Vital statistics of India. Vol. IV, Annual returns from 1871 to 1876. British Army of India, Native Army and jails of Bengal
Year: 1871
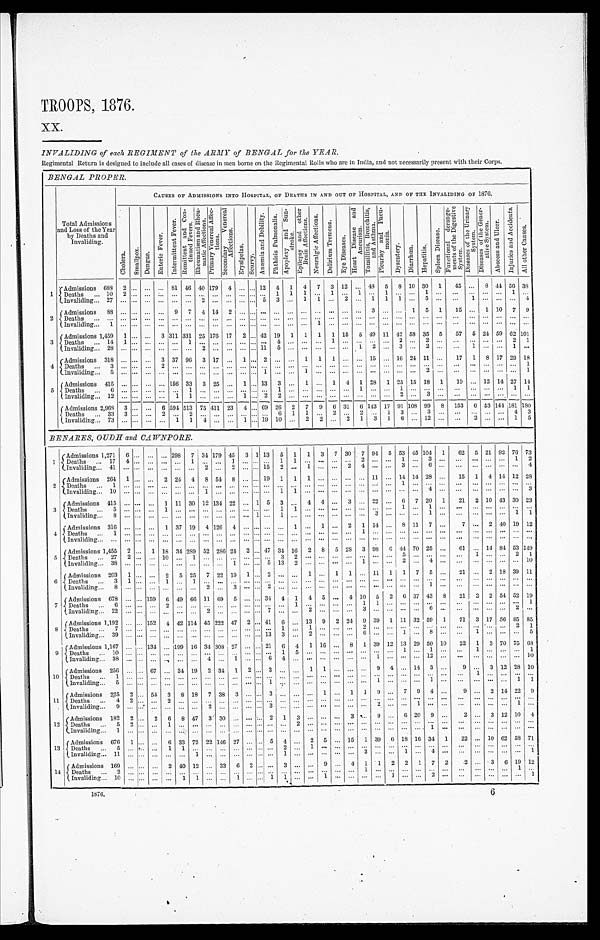
TROOPS, 1876.
XX.
INVALIDING of each REGIMENT of the ARMY of BENGAL for the YEAR.
Regimental Return is designed to include all cases of disease in men borne on the Regimental Rolls who are in India, and not necessarily present with their Corps.
BENGAL PROPER.
T o t a l A d m i s s i o n s a n d L o s s o f t h e Y e a r b y D e a t h s a n d I n v a l i d i n g .
C A U S E S O F A D M I S S I O N S I N T O H O S P I T A L , O F D E A T H S I N A N D O U T O F H O S P I T A L , A N D O F T H E I N V A L I D I N G O F 1 8 7 6 .
C h o l e r a .
Smal l pox.
D e n g u e .
Ent er i c Fever .
I n t e r m i t t e n t F e v e r .
R e m i t t e n t a n d C o n t i n u e d F e v e r s .
R h e u m a t i s m a n d R h e u m a t i c A f f e c t i o n s . P r i m a r y V e n e r a l A f f e c t i o n s . S e c o n d a r y V e n e r a l A f f e c t i o n s . Erysi pel as.
S c u r v y .
An æ mi a a n d P u l mo n a l i s .
A p o p l e x y a n d S u n s t r o k e .
E p i l e p s y a n d o t h e r B r a i n A f f e c t i o n s .
N e u r a l g i c A f f e c t i o n s .
N e u r a l g i c A f f e c t i o n s .
D e l i r i u m T r e m e n s .
E y e D i s e a s e s .
H e a r t D i s e a s e a n d A n e u r i s m .
T o n s i l l i t i s , B r o n c h i t i s , a n d A s t h u m a .
P l e u r i s y a n d P n e u m o n i a .
Dysentery.Diarrhœa.
H e p a t i t i s .
Spl een Di s eas e.
F u n c t i o n a l d e r a n g e m e n t s o f t h e D i g e s t i v e S y s t e m .
D i s e a s e s o f t h e U r i n a r y S y s t e m .
D i s e a s e s o f t h e G e n e r a t i v e S y s t e m .Ab s c e s s a n d Ul c e r .
I n j u r i e s a n d A c c i d e n t s .
All other Causes.
1
A d m i s s i o n s
6 8 8 2 ...
. . .
...
8 1
4 6
40 1794 ...
. . .
12
4
1
4
7
3
1 2
...
4 8
5 8 10
3 0
1
4 5
. . .
8 44
5 6
38
D e a t h s
...
1 0 2 ...
. . ....
. . .
. . .
... ... ... ...
. . .
...
1
1
1
. . .
1
. . .
1
. . .
1 ... ...
1 ...
. . .
. . .
. . .
...
1 ...
I n v a l i d i n g...
2 7 . . .
...
. . .
...
. . .
. . .
2 ... ... ...
. . .
5
3
. . .
1
1
. . .
2 ...
1
1 1 ...
5 ...
. . .
1
. . .
...
. . .
4
2
A d m i s s i o n s
8 8 . . .
...
. . .
...
9
7 4 14 2 ...
. . .
...
. . .
. . .
. . .
. . .
. . .
. . .
...
3
. . .
... 1
5 1
1 5
. . .
1 10
7 9
D e a t h s
...
. . . . . .
...
. . .
...
. . .
. . .
... ... ... ...
. . .
...
. . .
. . .
. . .
. . .
. . .
. . .
...
. . .
. . .
... ...
. . .
...
. . .
. . .
. . .
...
. . .
...
I n v a l i d i n g...
1
. . .
...
. . .
...
. . .
. . .
... ... ... ...
. . .
...
. . .
. . .
. . .
1
. . .
. . .
...
. . .
. . .
... ...
. . .
...
. . .
. . .
. . .
...
. . .
...
3
A d m i s s i o n s
1 4 5 9 1 ...
. . .
3
3 1 1
3 3 1
25 17617 2
. . .
42
1 9
1
1
1
1
1 5
5
4 9
1 1
42 58
3 5
5
5 7
5
2 4
59
6 2
101
D e a t h s
...
1 4 1 ...
. . .
...
. . .
1 ... ... ... ...
. . .
...
. . .
. . .
. . .
. . .
1
. . .
...
. . .
. . .
2 ...
2 ...
. . .
. . .
. . .
...
2 1
I n v a l i d i n g
...
2 8 . . .
...
. . .
...
. . .
. . .
2 ... ... ...
. . .
11
5
. . .
. . .
. . .
. . .
. . .
1
2
. . .
3 ...
2 ...
. . .
1
. . .
...
1 ...
4
A d m i s s i o n s
3 1 8 . . .
...
. . .
3
3 7
9 6
3 17 ... 1
. . .
2
. . .
. . .
1
1
1
. . .
...
1 5
. . .
16 24
1 1
...
1 7
1
8 17
2 9
18
D e a t h s
...
3
. . .
...
. . .
2
. . .
. . .
... ... ... ...
. . .
...
. . .
. . .
. . .
. . .
. . .
. . .
...
. . .
. . .
... ...
. . .
...
. . .
. . .
. . .
...
. . .
1
I n v a l i d i n g...
5
. . .
...
. . .
...
. . .
. . .
... ... ... ...
. . .
1
. . .
. . .
1
. . .
. . .
. . .
...
. . .
. . .
... ...
2 ...
. . .
. . .
. . .
...
. . .
1
5
A d m i s s i o n s
4 1 5 . . .
...
. . .
...
1 5 6
3 3
3 25 ... 1
. . .
13
3
. . .
1
. . .
1
4 1
2 8
1 25 15
1 8
1
1 9
. . .
1 2
14
2 7
14
D e a t h s
...
6
. . .
...
. . .
...
. . .
1 ... ... ... ...
. . .
...
1
. . .
. . .
. . .
. . .
. . .
1
. . .
. . .
1 ...
. . .
...
. . .
. . .
. . .
...
1 1
I n v a l i d i n g...
1 2 . . .
...
. . .
...
1
1 ... ... ... 1
. . .
2
2
. . .
. . .
. . .
. . .
. . .
...
. . .
. . .
2 ...
3 ...
. . .
. . .
. . .
...
. . .
...
A d m i s s i o n s
2 , 9 6 8
3 ...
. . .
6
5 9 4
5 1 3
75 41123 4
. . .
69
2 6
2
7
9
6
3 1
6
1 4 3
1 7
91 108
9 9
8
1 5 3
6
5 3
144
1 8 1
180
D e a t h s
...
3 3 3 ...
. . .
2
. . .
2 ... ... ... ...
. . .
...
6
1
1
. . .
2
. . .
2
. . .
1 3 ...
3 ...
. . .
. . .
. . .
...
4 3
I n v a l i d i n g...
7 3 . . .
...
. . .
...
1
1 4 ... ... 1
. . .
19
1 0
. . .
2
2
. . .
2 1
3
1 6 ...
1 2
...
. . .
2
. . .
...
1 5
BENARES, OUDH and CAWNPORE.
1
A d m i s s i o n s
1 , 2 7 1
6 ... ... ...
2 9 8
7
3 4
179
4 5 3 1 13 5
1
1 3 7
3 0
7
9 4
5 53
4 5
1041 62 5 21
9 2
7 6
73
D e a t h s . . .
1 7 4 ... ... ...
. . .
1
. . .
...
1
. . .
... ... 1
1
. . .
... ...
. . .
2
. . .
. . .
1
. . .
3 ... ...
... ...
. . .
1 2
I n v a l i d i n g . . .
4 1 . . .
... ... ...
. . .
...
2 ...
2
. . .
... 15 2
. . .
1 ... ...
2 4
. . .
. . .
3
. . .
6 ... ...
... ...
. . .
. . .
4
2
A d m i s s i o n s
2 6 4 1 ... ... 2
2 4
4
8 54
8
. . .
... 19 1
1
1 ... ...
. . .
...
1 1
. . .
14
1 4
28 ... 15 1 4
1 4
1 2
28
D e a t h s . . .
1
. . .
... ... ...
. . .
...
. . .
...
. . . . . .
... ... ...
. . .
. . .
... ...
. . .
...
. . .
. . .
1
. . .
... ... ...
... ...
. . .
. . .
...
I n v a l i d i n g . . .
1 0 . . .
... ... ...
. . .
...
1 ...
. . . . . .
... ... 1
1
. . .
... ...
. . .
...
. . .
. . .
...
. . .
4 ... ...
... ...
. . .
. . .
3
3
A d m i s s i o n s
4 1 5 . . .
... ... 1
1 1
30
1 2
134
2 2 . . .
1 5 3
. . .
4 4 ...
3 ...
2 2
. . .
6
7 20 1 21 2 10
4 3
3 0
23
D e a t h s . . .
5
. . .
... ... 1
. . .
...
. . .
...
. . . . . .
... ... 1
1
. . .
... ...
. . .
...
. . .
. . .
1
. . .
1 ... ...
... ...
. . .
. . .
...
I n v a l i d i n g . . .
8
. . .
... ... ...
. . .
...
. . .
...
. . . . . .
1 ... 1
. . .
. . .
... ...
. . .
...
3
. . .
...
. . .
1 ... ...
... ...
. . .
1 1
4
A d m i s s i o n s
3 1 6 . . .
... ... 1
3 7
19
4 126
4
. . .
... ... ...
1
. . .
1 ...
2 1
1 4
. . .
8
1 1
7 ... 7
... 2
4 0
1 9
12
D e a t h s . . .
1
. . .
... ... ...
. . .
...
. . .
...
. . . . . .
... ... ...
. . .
. . .
... ...
. . .
1
. . .
. . .
...
. . .
... ... ...
... ...
. . .
. . .
...
I n v a l i d i n g . . .
. . . . . .
... ... ...
. . .
...
. . .
...
. . . . . .
... ... ...
. . .
. . .
... ...
. . .
...
. . .
. . .
...
. . .
... ... ...
... ...
. . .
. . .
...
5
A d m i s s i o n s
1 , 4 5 5
2 ... 1 18
3 4
289
5 2
286
2 4 2 ... 47 34
1 6
2 8 5
2 8
3
9 8
6 44
7 0
25 ... 61 ... 14
8 4
5 3
149
D e a t h s . . .
2 7 2 ... ... 10
. . .
1
. . .
...
. . . . . .
... ... 3
2
. . .
... ...
. . .
...
. . .
. . .
5
. . .
... ... ...
1 ...
. . .
2 1
I n v a l i d i n g . . .
3 8 . . .
... ... ...
. . .
...
. . .
...
1
. . .
... 5 13
2
. . .
... ...
. . .
1
. . .
. . .
2
. . .
4 ... ...
... ...
. . .
. . .
10
6
A d m i s s i o n s
2 0 3 1 ... ... 2
5 25
7 22
1 9 1 ... 2 ...
. . .
1 ... 1
1 ...
1 1
1 1
7 5 ... 21 ... 2
1 8
3 9
11
D e a t h s . . .
3
1 ... ... 1
. . .
1
. . .
...
. . . . . .
... ... ...
. . .
. . .
... ...
. . .
...
. . .
. . .
...
. . .
... ... ...
... ...
. . .
. . .
...
I n v a l i d i n g . . .
8
. . .
... ... ...
. . .
...
2 ...
3
. . .
... 2 ...
. . .
. . .
... ...
. . .
...
. . .
. . .
...
. . .
1 ... ...
... ...
. . .
. . .
...
7
A d m i s s i o n s
6 7 8 . . .
... 1596
4 9
66
1 1
69
5
. . .
... 34 4
1
4 5 ...
4 10
5
2 6
3 7
43 8 21 2 2
5 4
5 2
19
D e a t h s . . .
6
. . .
... ... 2
. . .
...
. . .
...
. . . . . .
... ... ...
1
. . .
... ...
. . .
1
1
. . .
...
. . .
... ... ...
... ...
. . .
. . .
1
I n v a l i d i n g . . .
2 2 . . .
... ... ...
. . .
...
2 ...
. . . . . .
... 7 ...
. . .
2 ... ...
. . .
3
. . .
. . .
...
. . .
6 ... ...
... ...
. . .
2 ...
8
A d m i s s i o n s
1 , 1 9 2
. . .
... 1524
4 2
114
4 5
222
4 7 2 ... 41 6
. . .
1 3
9 2
2 4
9
3 9
1 11
3 2
59 1 71 3 17
5 6
8 5
85
D e a t h s
. . .
7
. . .
... ... ...
. . .
...
. . .
...
. . . . . .
... ... 1
. . .
1 ... ...
. . .
2
. . .
. . .
...
. . .
... ... ...
... ...
. . .
2 1
I n v a l i d i n g
. . .
3 9 . . .
... ... ...
. . .
...
. . .
...
. . . . . .
... 13 3
. . .
2 ... ...
. . .
6
. . .
. . .
1
. . .
8 ... ...
1 ...
. . .
. . .
5
9
A d m i s s i o n s
1 , 1 6 7
. . .
... 134...
1 9 9
16
3 4
308
2 7 . . .
... 21 6
4
1 16 ...
8 1
3 9
1 2
13
2 9
50 10 22 1 3
7 0
7 5
68
D e a t h s
. . .
1 0 . . .
... ... ...
. . .
...
. . .
...
. . . . . .
... ... 1
5
. . .
... ...
. . .
...
. . .
. . .
1
. . .
1 ... ...
1 ...
. . .
. . .
1
I n v a l i d i n g
. . .
3 8 . . .
... ... ...
. . .
...
4 ...
1
. . .
... 6 4
. . .
. . .
... ...
. . .
...
1
. . .
...
. . .
12 ... ...
... ...
. . .
. . .
10
10
A d m i s s i o n s
2 5 6 . . .
... 67 ...
3 4
19
2 34
1
2 ... 3 ...
. . .
1 1 ...
. . .
...
9
4 ...
1 4
3 ... 9
... 3
1 2
2 8
10
D e a t h s
. . .
1
. . .
... ... ...
. . .
...
. . .
...
. . . . . .
... ... ...
. . .
. . .
... ...
. . .
...
. . .
. . .
...
. . .
... ... ...
1 ...
. . .
. . .
...
I n v a l i d i n g
. . .
5
. . .
... ... ...
. . .
...
. . .
...
. . . . . .
... 1 ...
. . .
. . .
... ...
. . .
...
1
. . .
...
. . .
1 ... ...
... ...
. . .
1 1
11
A d m i s s i o n s
2 2 5 2 ... 55 3
8 18
7 38
3
. . .
... 3 ...
. . .
. . .
1 ...
1 1
9
. . .
7
9 4 ... 9
... 2
1 4
2 2
9
D e a t h s
. . .
4
2 ... ... 2
. . .
...
. . .
...
. . . . . .
... ... ...
. . .
. . .
... ...
. . .
...
. . .
. . .
...
. . .
... ... ...
... ...
. . .
. . .
...
I n v a l i d i n g
. . .
9
. . .
... ... ...
. . .
...
2 ...
. . . . . .
... 3 ...
. . .
. . .
... ...
. . .
...
2
. . .
...
1 ... ... ...
... ...
. . .
1 ...
12
A d m i s s i o n s
1 8 2 2 ... 2 6
8 47
3 30
. . . . . .
... 2 1
3
. . .
... ...
3 ...
9
. . .
6
2 0
9 ... 2
... 3
1 2
1 0
4
D e a t h s
. . .
5
2 ... ... 1
. . .
...
. . .
...
. . . . . .
... ... ...
2
. . .
... ...
. . .
...
. . .
. . .
...
. . .
... ... ...
... ...
. . .
. . .
...
I n v a l i d i n g
. . .
1
. . .
... ... ...
. . .
...
. . .
...
. . . . . .
... ... ...
. . .
. . .
... ...
. . .
...
. . .
. . .
...
. . .
1 ... ...
... ...
. . .
. . .
...
13
A d m i s s i o n s
6 7 6 1 ... ... 6
3 3
72
2 2
146
2 7 . . .
... 5 4
. . .
2 5 ...
1 5
1
3 9
6 18
1 6
34 1 22 ... 10
6 2
5 8
71
D e a t h s
. . .
5
. . .
... ... 1
1 ...
. . .
...
. . . . . .
... ... 2
. . .
1 ... ...
. . .
...
. . .
. . .
...
. . .
... ... ...
... ...
. . .
. . .
...
I n v a l i d i n g . . .
1 1 . . .
... ... ...
. . .
1
. . .
...
. . . . . .
... ... 1
. . .
. . .
... ...
. . .
3
. . .
. . .
1
. . .
4 ... ...
... ...
. . .
. . .
1
14
A d m i s s i o n s
1 6 9 . . .
... ... 2 4 0
12
. . .
33
6
2 ... ... 3
. . .
. . .
9 ...
4 1
1
2 2
1 7 2 2
... 3
6
1 9
12
D e a t h s . . .
2
. . .
... ... ...
. . .
...
. . .
...
. . . . . .
... ... ...
. . .
. . .
... ...
. . .
1
. . .
. . .
...
. . .
... ... ...
... ...
. . .
1 ...
I n v a l i d i n g . . .
1 0 . . .
... ... ...
1 1
. . .
...
1
. . .
... 1 1
. . .
. . .
1 ...
. . .
...
. . .
1 ...
. . .
2 ... ...
... ...
. . .
. . .
1
1 8 7 6 .
6